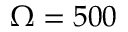
\Omega = 5 0 0